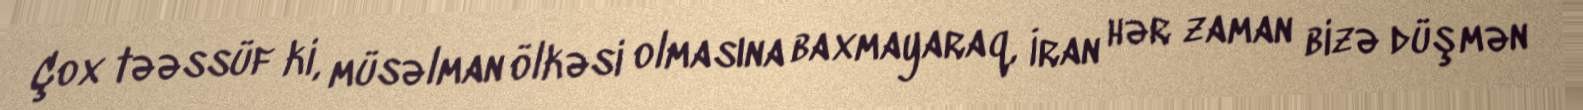
Çox təəssüf ki, müsəlman ölkəsi olmasına baxmayaraq, İran hər zaman bizə düşmən